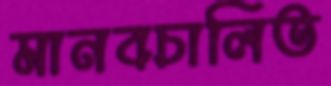
মানবচালিত